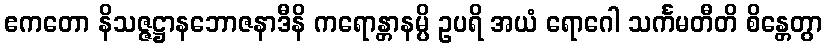
ဧကတော နိသဇ္ဇဋ္ဌာနဘောဇနာဒီနိ ကရောန္တာနမ္ပိ ဥပရိ အယံ ရောဂေါ သင်္ကမတီတိ စိန္တေတွာ